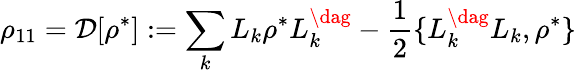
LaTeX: \rho_{11}=\mathcal{D}[\rho^{*}]:=\sum_{k}L_{k}\rho^{*}L_{k}^{\dag}-\frac 12\{ L_{k}^{\dag}L_{k},\rho^{*}\}